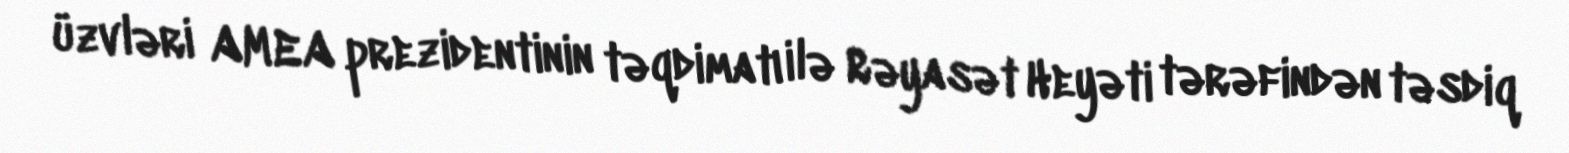
üzvləri AMEA prezidentinin təqdimatı ilə Rəyasət Heyəti tərəfindən təsdiq